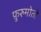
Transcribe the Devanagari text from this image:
फ़ुरुमोतो